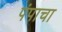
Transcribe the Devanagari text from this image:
पंपाचा